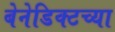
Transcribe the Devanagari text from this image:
बेनेडिक्टच्या